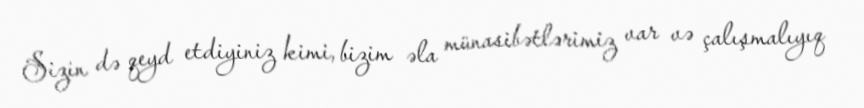
Sizin də qeyd etdiyiniz kimi, bizim əla münasibətlərimiz var və çalışmalıyıq